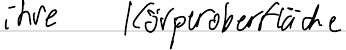
ihre Körperoberfläche